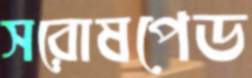
সরোষপেড